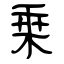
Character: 乗